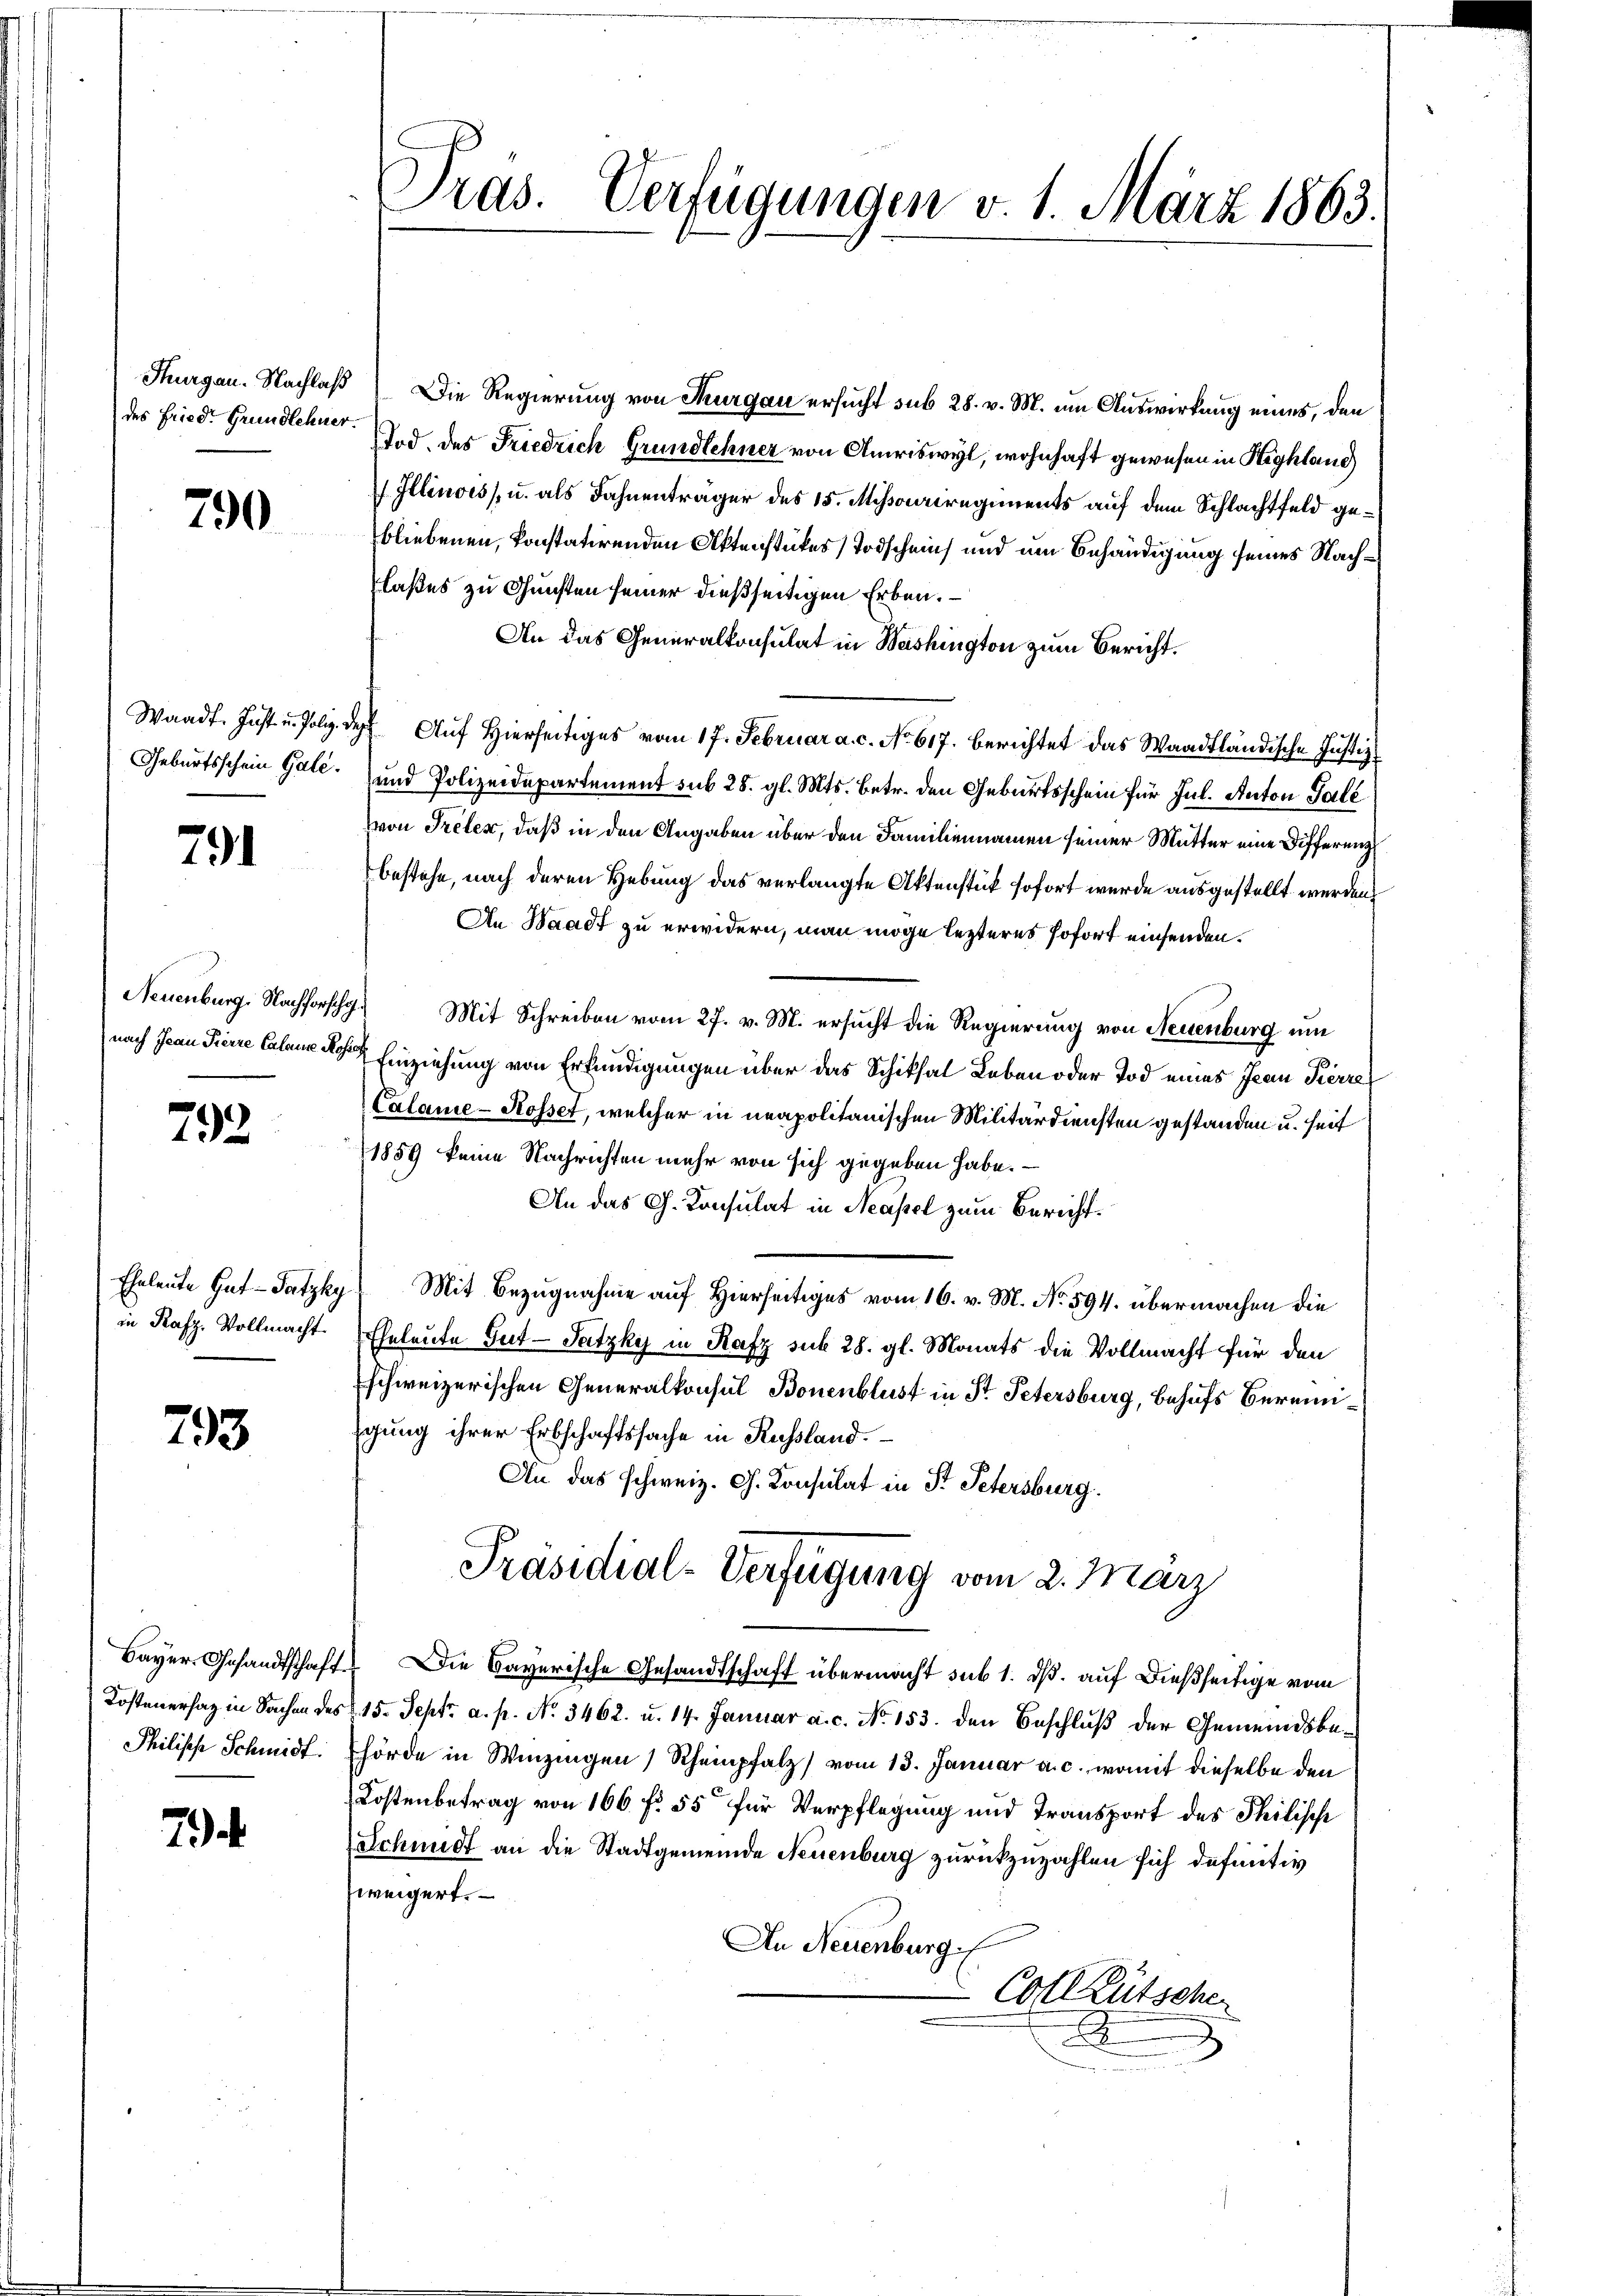
790

Geburtsschein Gale.

794

792

in Rafz. Vollmacht.

793.

Philische Schmidt.

7

Thurgau. Nachlaß) Die Regierung von Thurgau ersucht sub 28. v. M. um Auswirkung eines, den
des Friede Grundlehner. Und des Friedrich Grundlehner von Amriswyl, wohnhaft gewesen in Highland
Illinoiss, u. als Fahnenträger des 15. Missouriregiments auf dem Schlachtfeld gebliebenen, konstatirenden Aktenstückes Todschein und um Behändigung seines Nachlaßes zu Gunsten seiner dießseitigen Erben. –
An das Generalkonsulat in Weishington zum Bericht.
Waadt. Just u. Poliz. des Auf Hierseitiges vom 17. Februar a. c. No 617. berichtet das Waadtländische Justiz-
und Polizeidepartement sub 28. gl. Mts. betr. den Geburtsschein für Jul. Anton Tale
von Treten, daß in den Angaben über den Familiennamen seiner Mutter eine Differenz
bestehe, nach deren Hebung das verlangte Aktenstück sofort wurde ausgestellt werden,
An Waadt zu erwidern, man möge lezteres sofort einsenden.
Neuenburg. Nachforschg. Mit Schreiben vom 27. v. M. ersucht die Regierung von Neuenburg um
nach Jean Freie haben Einziehung von Erkundigungen über das Schiksal Leben oder Tod eines Jean Pierre
Calame-Rosset, welcher in neapolitanischen Militärdiensten gestanden u. seit
1859 keine Nachrichten mehr von sich gegeben habe.
An das G. Konsulat in Neapel zum Bericht¬
Eheleute Gat-Satzky, Mit Bezugnahme auf Hierseitiges vom 16. v. M. No. 594. übermachen die
Eheleute Gut-Satzky in Rafz sub 28. gl. Monats die Vollmacht für den
schweizerischen Generalkonsul Bonenblust in Dr. Petersburg, Behufs Bereinigung ihrer Erbschaftssache in Russland.
An das schweiz. G. Konsulat in St. Petersburg.
Präsidial-Verfügung vom 2. März
Bayer Gesandtschaft. Die Bayerische Gesandtschaft übermacht sub 1. dß. auf dießseitige vom
Kostenersaz in Sachen des 15. Sept. a. p. No 3462. u. 14. Januar a. c. No 153. den Beschluß der Gemeindsbehörde in Winzingen Rheinpfalz) vom 13. Januar a. c., womit dieselbe den
Kostenbetrag von 166 f 55 für Verpflegung und Transport des Philische
Schmidt an die Stadtgemeinde Neuenburg zurückzuzahlen sich definitiv
zweigert.
An Neuenburg,
-Coll Rütscher

Pras. Verfügungen v. 1. März 1863.